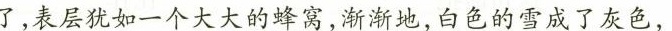
了，表层犹如一个大大的蜂窝，渐渐地，白色的雪成了灰色，